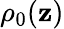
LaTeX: \rho_{0}(\mathbf{z})